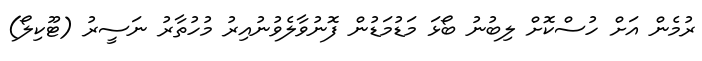
ރުމެން އަށް ހުސްކޮށް ލިބުނު ބޯޅަ މަޑުމަޑުން ފޮނުވާލެވުނުއިރު މުހުތާރު ނަސީރު (ޓޫކިލޯ)